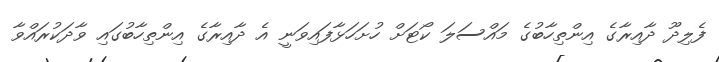
ފެލިދޫ ދާއިރާގެ އިންތިހާބުގެ މައްސަލަ ކޯޓަށް ހުށަހަޅާފައިވަނީ އެ ދާއިރާގެ އިންތިހާބުގައި ވާދަކުރައްވާ